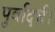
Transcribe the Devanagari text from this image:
पूर्वार्द्ध।